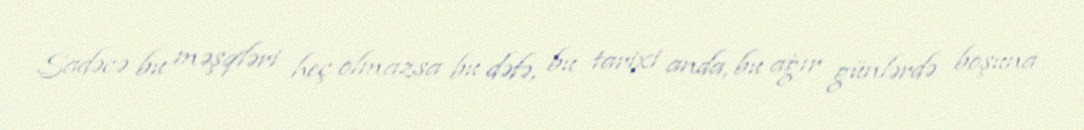
Sadəcə bu məşqləri heç olmazsa bu dəfə, bu tarixi anda, bu ağır günlərdə boşuna